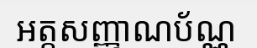
អត្តសញ្ញាណប័ណ្ណ